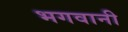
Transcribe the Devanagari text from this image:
भगवानी